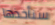
سنأخذها